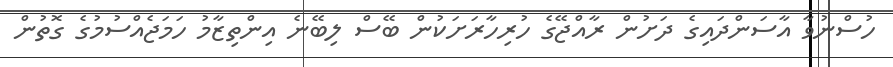
ހުސްނުވާ އާސަންދައިގެ ދަށުން ރާއްޖޭގެ ހުރިހާރަށަކުން ބޭސް ލިބޭނެ އިންތިޒާމު ހަމަޖެއްސުމުގެ ގޮތުން